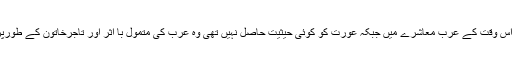
انہوں نے کہا کہ وہ اس وقت کے عرب معاشرے میں جبکہ عورت کو کوئی حیثیت حاصل نہیں تھی وہ عرب کی متمول با اثر اور تاجرخاتون کے طورپر پہچانی جاتی تھیں۔